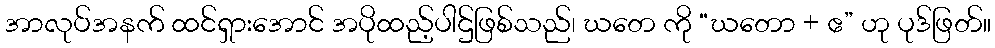
အာလုပ်အနက် ထင်ရှားအောင် အပိုထည့်ပါဌ်ဖြစ်သည်၊ ဃတေ ကို “ဃတော + ဧ” ဟု ပုဒ်ဖြတ်။